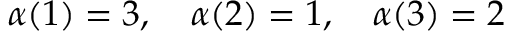
\alpha ( 1 ) = 3 , \quad \alpha ( 2 ) = 1 , \quad \alpha ( 3 ) = 2